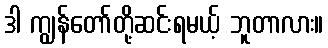
ဒါ ကျွန်တော်တို့ဆင်းရမယ့် ဘူတာလား။